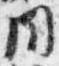
同